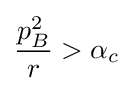
{\frac {p_{B}^{2}}{r}}>\alpha _{c}